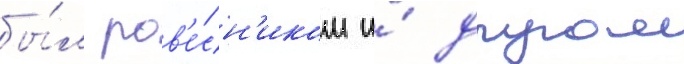
бы́л ров'е́сн'иком и́ другом